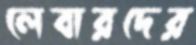
লেবারদের